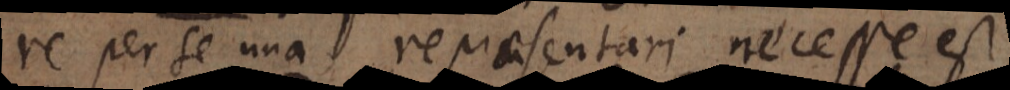
re per se una repraesentari necesse est,